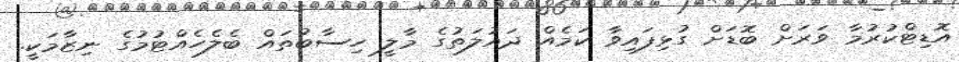
އޮޑިޓްކުރުމާ ވަރަށް ބޮޑަށް ގުޅިފައިވާ ކަމެއް ދައުލަތުގެ މާލީ ހިސާބުތައް ބެލެހެއްޓުމުގެ ނިޒާމަކީ.